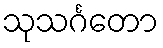
သုသင်္ဂတော